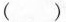
( )